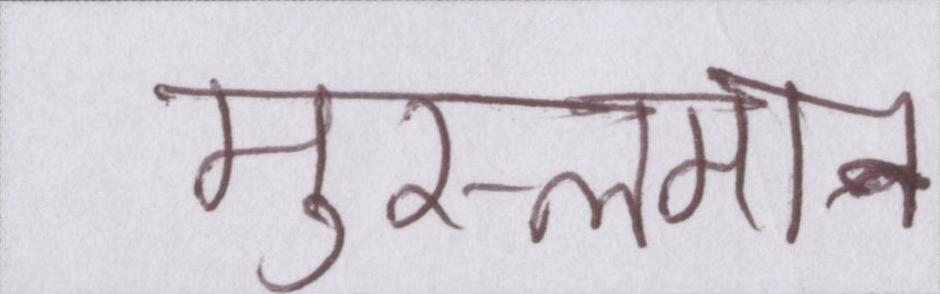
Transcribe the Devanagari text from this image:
मुस्लमान